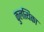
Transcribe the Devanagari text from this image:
कुलत्थिका